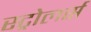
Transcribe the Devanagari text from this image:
स्ट्रोलर्स